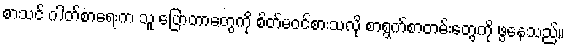
စာသင် ဂါတ်စာရေးက သူ ပြောတာတွေကို စိတ်မဝင်စားသလို စာရွက်စာတမ်းတွေကို ဖွနေသည်။